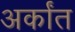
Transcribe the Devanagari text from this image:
अर्कांत